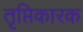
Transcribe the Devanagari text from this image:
तृप्तिकारक